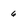
Character: 6